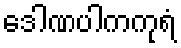
ဒေါဏပါကကုရံ